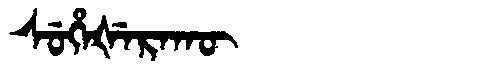
Manchu: ᠰᡠᡥᡝᡧᡝᡵᠠᡴᡡ
Romanization: SUHEŠERAKŪ